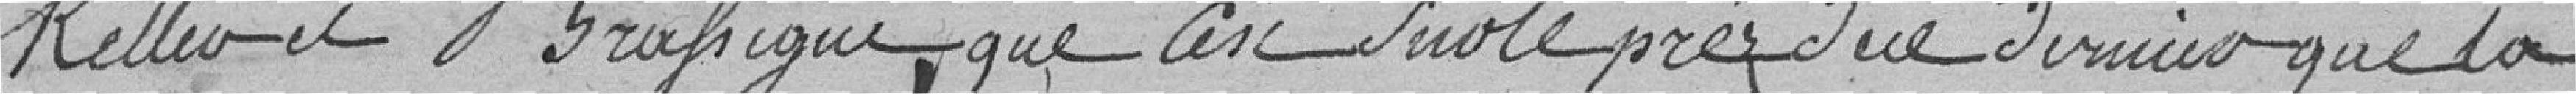
KELLEAND ? BRASIGUE?, que c'est sur le près de ce dernier que la